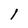
Character: l